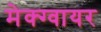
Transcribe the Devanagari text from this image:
मेक्ग्वायर